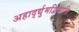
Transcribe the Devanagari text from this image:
अहार्द्द्युमद्विभाति